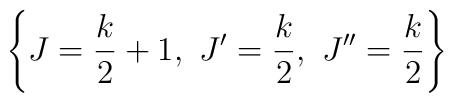
\left\{ J=\frac{k}{2}+1,\ J'=\frac{k}{2},\ J''=\frac{k}{2} \right\}